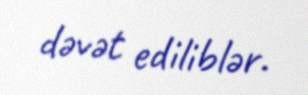
dəvət ediliblər.